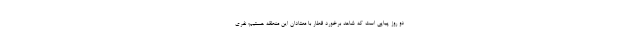
دو روز پیاپی است که شاهد برخورد قطار با معتادان این منطقه هستیم؛ نفری